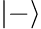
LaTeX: \left|-\right>